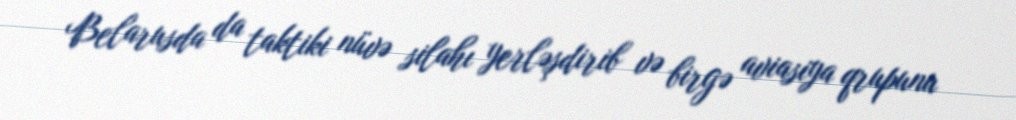
Belarusda da taktiki nüvə silahı yerləşdirib və birgə aviasiya qrupunu